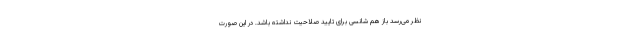
نظر می‌رسد باز هم شانسی برای تایید صلاحیت نداشته باشد. در این صورت